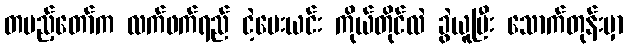
တပည့်တော်က လက်ဖက်ရည် ငဲ့ပေးယင်း ကိုယ်တိုင်လဲ ခွဲယူပြီး သောက်တုန်းမှာ